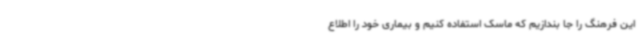
این فرهنگ را جا بندازیم که ماسک استفاده کنیم و بیماری خود را اطلاع